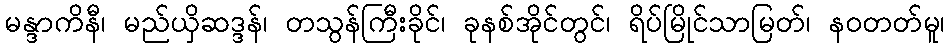
မန္ဒာကိနီ၊ မည်ယှိဆဒ္ဒန်၊ တသွန်ကြီးခိုင်၊ ခုနစ်အိုင်တွင်၊ ရိပ်မြိုင်သာမြတ်၊ နဝတတ်မူ၊